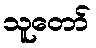
သူတော်